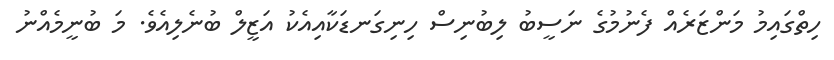
ހިތްގައިމު މަންޒަރެއް ފެނުމުގެ ނަސީބު ލިބުނިސް ހިނިގަނޑަކާއިއެކު އަޒީލް ބުނެލިއެވެ. މަ ބުނީމެއްނު